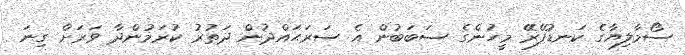
ސޯމާލިޔާގެ ކަނޑުފޭރޭ މީހުންގެ ސަބަބުން އެ ސަރަޙައްދުން ދަތުރު ކުރަމުންދާ ވަރަށް ގިނަ